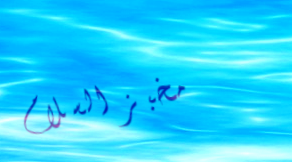
مخبز السلام